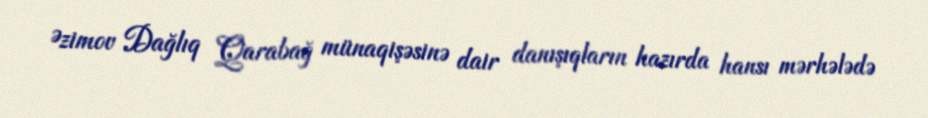
Əzimov Dağlıq Qarabağ münaqişəsinə dair danışıqların hazırda hansı mərhələdə